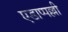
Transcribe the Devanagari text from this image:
एडाप्पल्ली